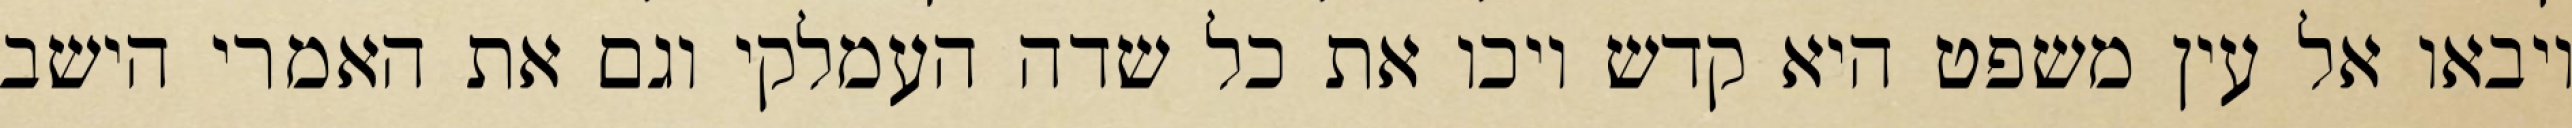
ויבאו אל עין משפט היא קדש ויכו את כל שדה העמלקי וגם את האמרי הישב